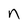
Character: n